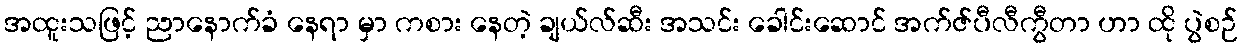
အထူးသဖြင့် ညာနောက်ခံ နေရာ မှာ ကစား နေတဲ့ ချယ်လ်ဆီး အသင်း ခေါင်းဆောင် အက်ဇ်ပီလီကွီတာ ဟာ ထို ပွဲစဉ်